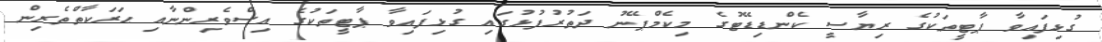
ގުޅިފައިވާ ޕާޓީތަކުގެ ރިޔާސީ ކެންޑިޑޭޓުގެ މިކެމްޕޭނު ދަތުރުފުޅުގައި ގުޅިފައިވާ ޕާޓީތަކުގެ އިސްވެރިންނާއި ޙަރަކާތްތެރިން